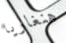
هنغاريا